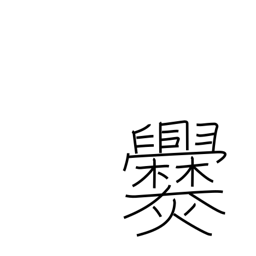
Meaning: cook